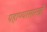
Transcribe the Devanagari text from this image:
पहाण्यासारखीं